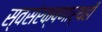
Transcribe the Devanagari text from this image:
स्वसंरक्षणार्थही